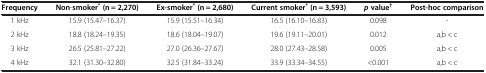
| Frequency | Non-smoker* (n = 2,270) | Ex-smoker* (n = 2,680) | Current smoker* (n = 3,593) | p value† | Post-hoc comparison |
 | --- | --- | --- | --- | --- | --- |
 | 1 kHz | 15.9 (15.47–16.37) | 15.9 (15.51–16.34) | 16.5 (16.10–16.83) | 0.098 | - |
 | 2 kHz | 18.8 (18.24–19.35) | 18.6 (18.04–19.07) | 19.6 (19.11–20.01) | 0.012 | a,b < c |
 | 3 kHz | 26.5 (25.81–27.22) | 27.0 (26.36–27.67) | 28.0 (27.43–28.58) | 0.005 | a,b < c |
 | 4 kHz | 32.1 (31.30–32.80) | 32.5 (31.84–33.24) | 33.9 (33.34–34.55) | <0.001 | a,b < c |